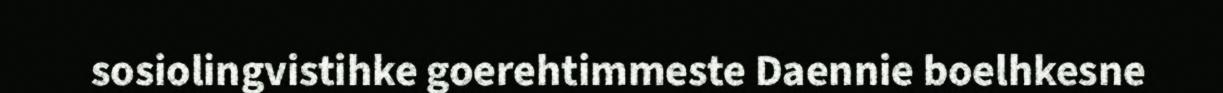
sosiolingvistihke goerehtimmeste Daennie boelhkesne